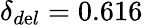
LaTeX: \delta_{d\mathrm{e}l}=0.616